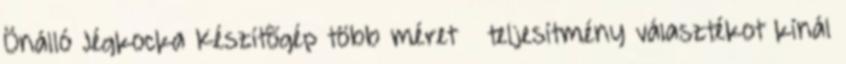
Önálló Jégkocka Készítõgép több méret teljesítmény választékot kínál